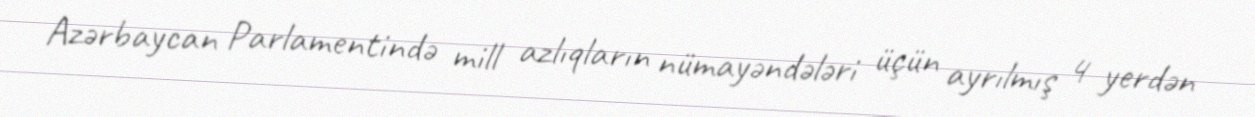
Azərbaycan Parlamentində mill azlıqların nümayəndələri üçün ayrılmış 4 yerdən